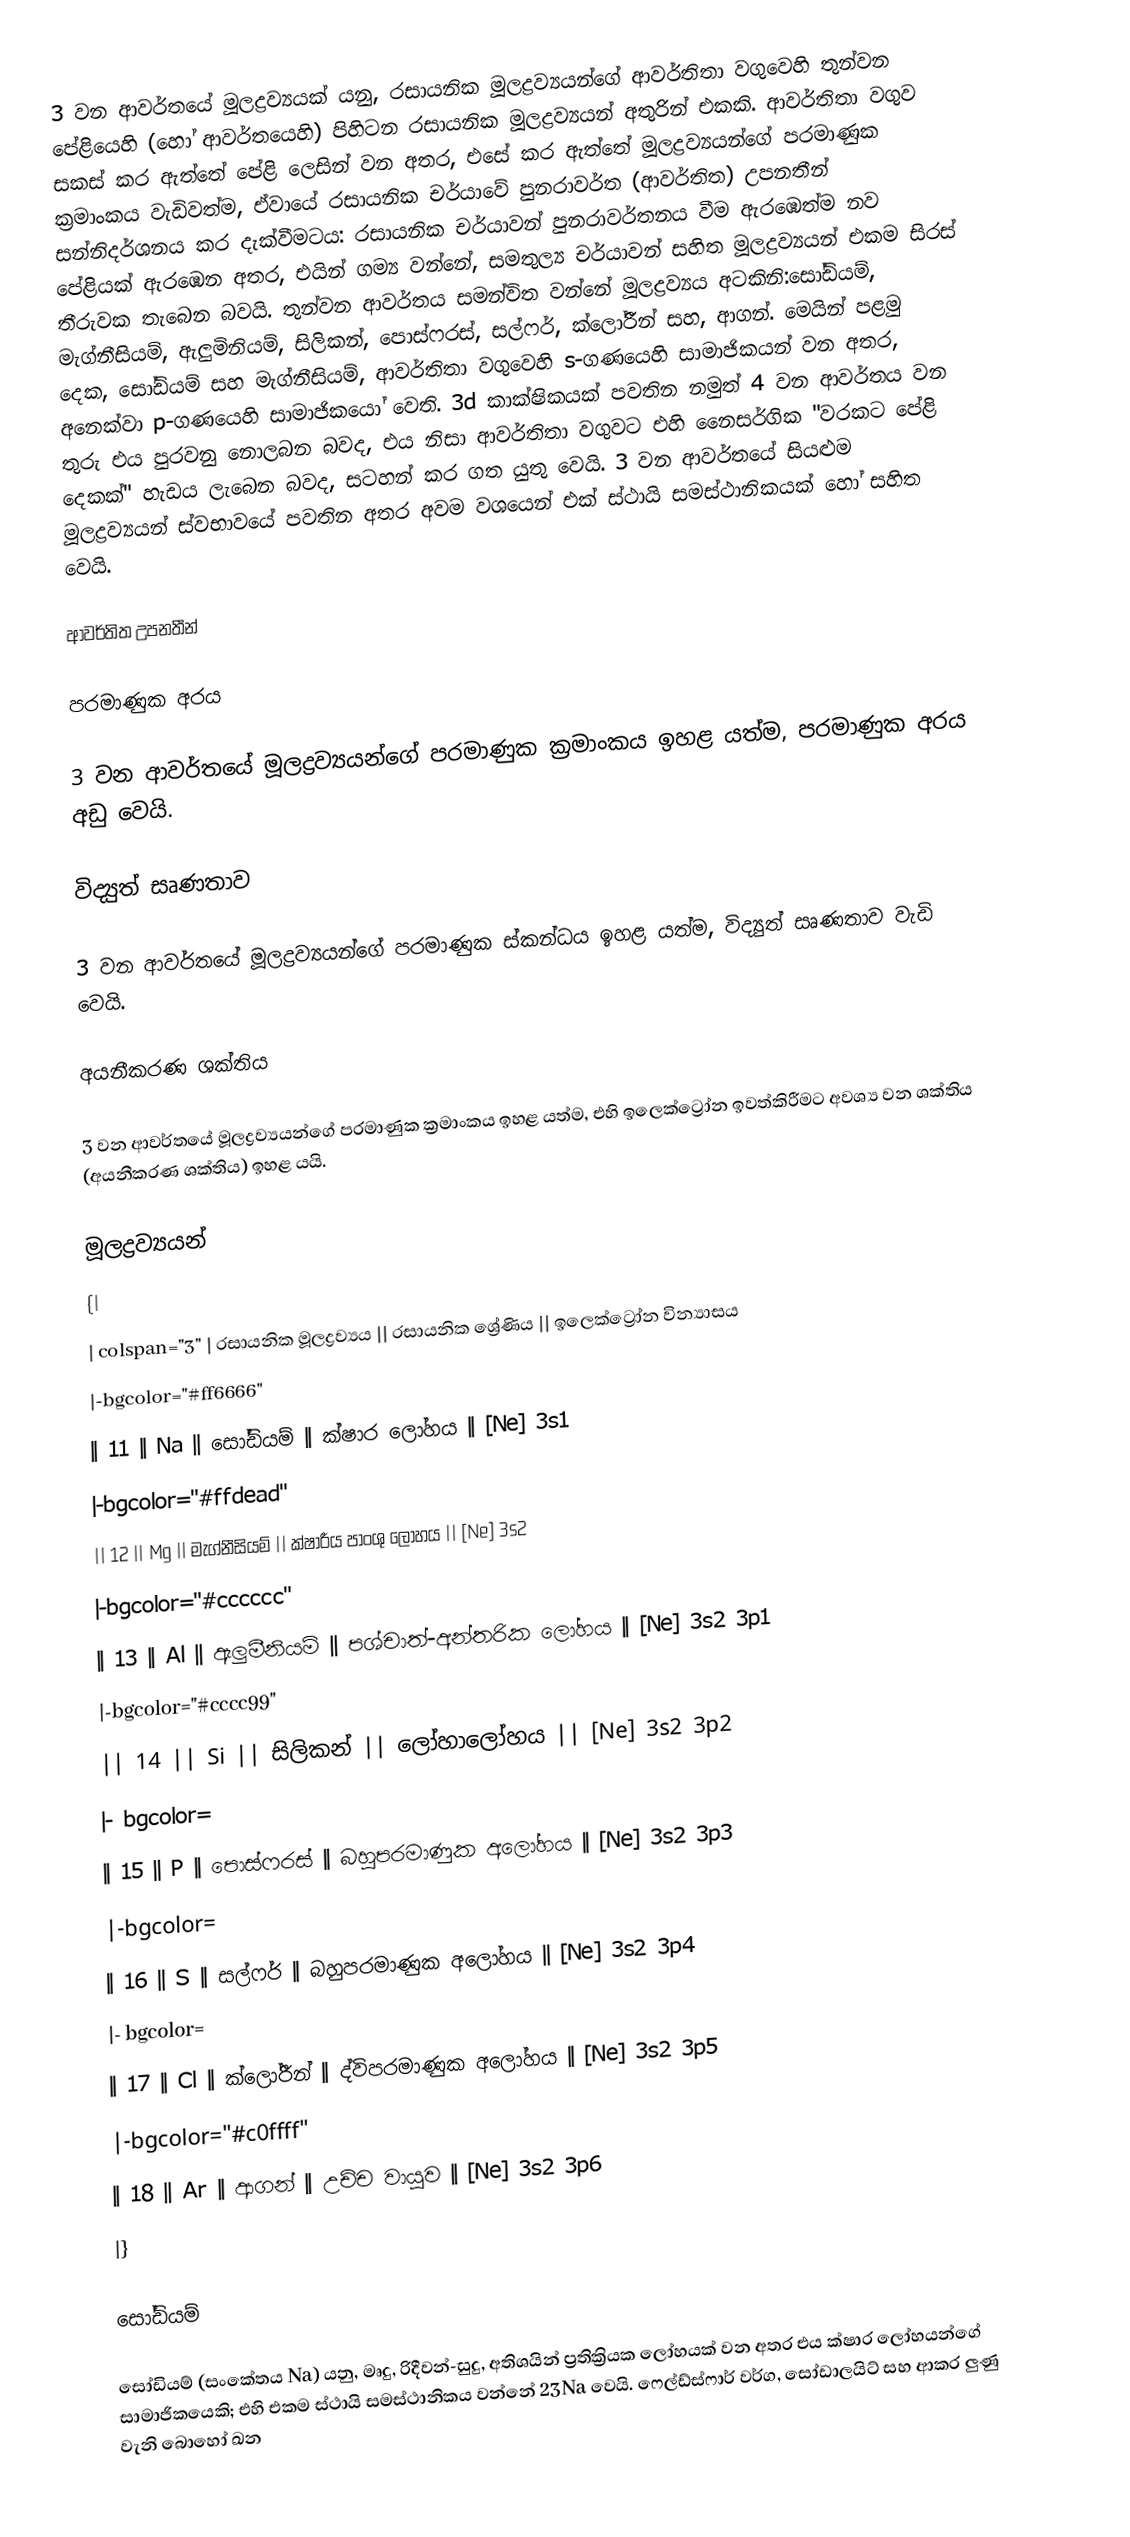
3 වන ආවර්තයේ මූලද්‍රව්‍යයක් යනු, රසායනික මූලද්‍රව්‍යයන්ගේ ආවර්තිතා වගුවෙහි තුන්වන පේළියෙහි (හෝ ආවර්තයෙහි) පිහිටන රසායනික මූලද්‍රව්‍යයන් අතුරින් එකකි. ආවර්තිතා වගුව සකස් කර ඇත්තේ පේළි ලෙසින් වන අතර, එසේ කර ඇත්තේ මූලද්‍රව්‍යයන්ගේ පරමාණුක ක්‍රමාංකය වැඩිවත්ම, ඒවායේ රසායනික චර්යාවේ පුනරාවර්ත (ආවර්තිත)  උපනතීන් සන්නිදර්ශනය කර දැක්වීමටය: රසායනික චර්යාවන් පුනරාවර්තනය වීම ඇරඹෙත්ම නව පේළියක් ඇරඹෙන අතර, එයින් ගම්‍ය වන්නේ, සමතුල්‍ය චර්යාවන් සහිත මූලද්‍රව්‍යයන් එකම සිරස් තීරුවක තැබෙන බවයි. තුන්වන ආවර්තය සමන්විත වන්නේ මූලද්‍රව්‍යය අටකිනි:සෝඩියම්, මැග්නීසියම්, ඇලුමිනියම්, සිලිකන්, පොස්ෆරස්, සල්ෆර්, ක්ලෝරීන් සහ, ආගන්. මෙයින් පළමු දෙක, සෝඩියම් සහ මැග්නීසියම්, ආවර්තිතා වගුවෙහි s-ගණයෙහි  සාමාජිකයන් වන අතර, අනෙක්වා  p-ගණයෙහි සාමාජිකයෝ වෙති. 3d කාක්ෂිකයක් පවතින නමුත් 4 වන ආවර්තය වන තුරු එය පුරවනු නොලබන බවද, එය නිසා ආවර්තිතා වගුවට එහි නෛසර්ගික "වරකට පේළි දෙකක්" හැඩය ලැබෙන බවද,  සටහන් කර ගත යුතු වෙයි. 3 වන ආවර්තයේ සියළුම මූලද්‍රව්‍යයන් ස්වභාවයේ පවතින අතර අවම වශයෙන් එක් ස්ථායි සමස්ථානිකයක් හෝ සහිත වෙයි.

ආවර්තිත උපනතීන්

පරමාණුක අරය

3 වන ආවර්තයේ මූලද්‍රව්‍යයන්ගේ පරමාණුක ක්‍රමාංකය ඉහළ යත්ම,  පරමාණුක අරය අඩු වෙයි.

විද්‍යුත් සෘණතාව

3 වන ආවර්තයේ මූලද්‍රව්‍යයන්ගේ  පරමාණුක ස්කන්ධය ඉහළ යත්ම, විද්‍යුත් සෘණතාව වැඩි වෙයි.

අයනීකරණ ශක්තිය

3 වන ආවර්තයේ මූලද්‍රව්‍යයන්ගේ පරමාණුක ක්‍රමාංකය ඉහළ යත්ම, එහි ඉලෙක්ට්‍රෝන ඉවත්කිරීමට අවශ්‍ය වන ශක්තිය  (අයනීකරණ ශක්තිය) ඉහළ යයි.

මූලද්‍රව්‍යයන්
{|
| colspan="3" | රසායනික මූලද්‍රව්‍යය || රසායනික ශ්‍රේණිය || ඉලෙක්ට්‍රෝන වින්‍යාසය
|-bgcolor="#ff6666"
|| 11  || Na || සෝඩියම්   || ක්ෂාර ලෝහය          || [Ne] 3s1
|-bgcolor="#ffdead"
|| 12  || Mg || මැග්නීසියම් || ක්ෂාරීය පාංශු ලෝහය || [Ne] 3s2
|-bgcolor="#cccccc"
|| 13  || Al  || ඇලුමීනියම්      || පශ්චාත්-අන්තරික ලෝහය             || [Ne] 3s2 3p1
|-bgcolor="#cccc99"
|| 14  || Si  || සිලිකන්   || ලෝහාලෝහය              || [Ne] 3s2 3p2
|- bgcolor=
|| 15  || P  || පොස්ෆරස්     || බහුපරමාණුක අලෝහය              || [Ne] 3s2 3p3
|-bgcolor=
|| 16  || S  || සල්ෆර්   || බහුපරමාණුක අලෝහය              || [Ne] 3s2 3p4
|- bgcolor=
|| 17  || Cl  || ක්ලෝරීන්     || ද්විපරමාණුක අලෝහය               || [Ne] 3s2 3p5
|-bgcolor="#c0ffff"
|| 18 || Ar || ආගන්      || උච්ච වායුව               || [Ne] 3s2 3p6
|}

සෝඩියම්

සෝඩියම් (සංකේතය Na) යනු, මෘදු, රිදීවන්-සුදු, අතිශයින් ප්‍රතික්‍රියක ලෝහයක් වන අතර එය  ක්ෂාර ලෝහයන්ගේ සාමාජිකයෙකි; එහි එකම ස්ථායි සමස්ථානිකය වන්නේ 23Na වෙයි. ෆෙල්ඩ්ස්ෆාර් වර්ග, සෝඩාලයිට් සහ  ආකර ලුණු වැනි බොහෝ ඛන